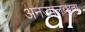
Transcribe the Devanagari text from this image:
अनउपलब्धता